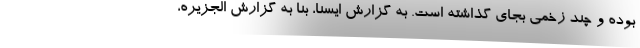
بوده و چند زخمی بجای گذاشته است. به گزارش ایسنا، بنا به گزارش الجزیره،